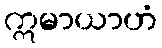
ဣမာယာဟံ